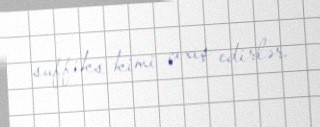
suffiks kimi çıxış edirlər.